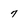
Character: 7